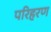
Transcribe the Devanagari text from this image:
परिहरण